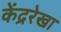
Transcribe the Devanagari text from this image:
केंद्ररेखा